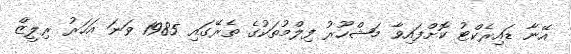
އޭނާ ޑައިރެކްޓު ކޮށްފައިވާ މަޝްހޫރު ފިލްމުތަކުގެ ތެރޭގައި 1985 ވަނަ އަހަރު ރިލީޒް